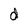
Character: d